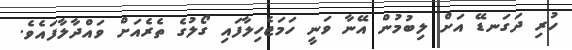
ހުރި ދަގަނޑޭ އަށް ލިބުމުން އޭނާ ވަނީ ހަމަޖެހިލާފައި ގޯލުގެ ތެރެއަށް ވައްދާލާފައެވެ.